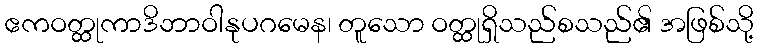
ဧကဝတ္ထုကာဒိဘာဝါနုပဂမေန၊ တူသော ဝတ္ထုရှိသည်စသည်၏ အဖြစ်သို့